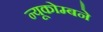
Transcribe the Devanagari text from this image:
न्यूकोम्बने